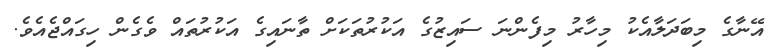
އޭނާގެ މިބަދަލާއެކު މިހާރު މިފެންނަ ސައިޒުގެ އަކުރުތަކަށް ތާނައިގެ އަކުރުތައް ވެގެން ހިގައްޖެއެވެ.